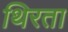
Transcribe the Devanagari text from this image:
थिरता